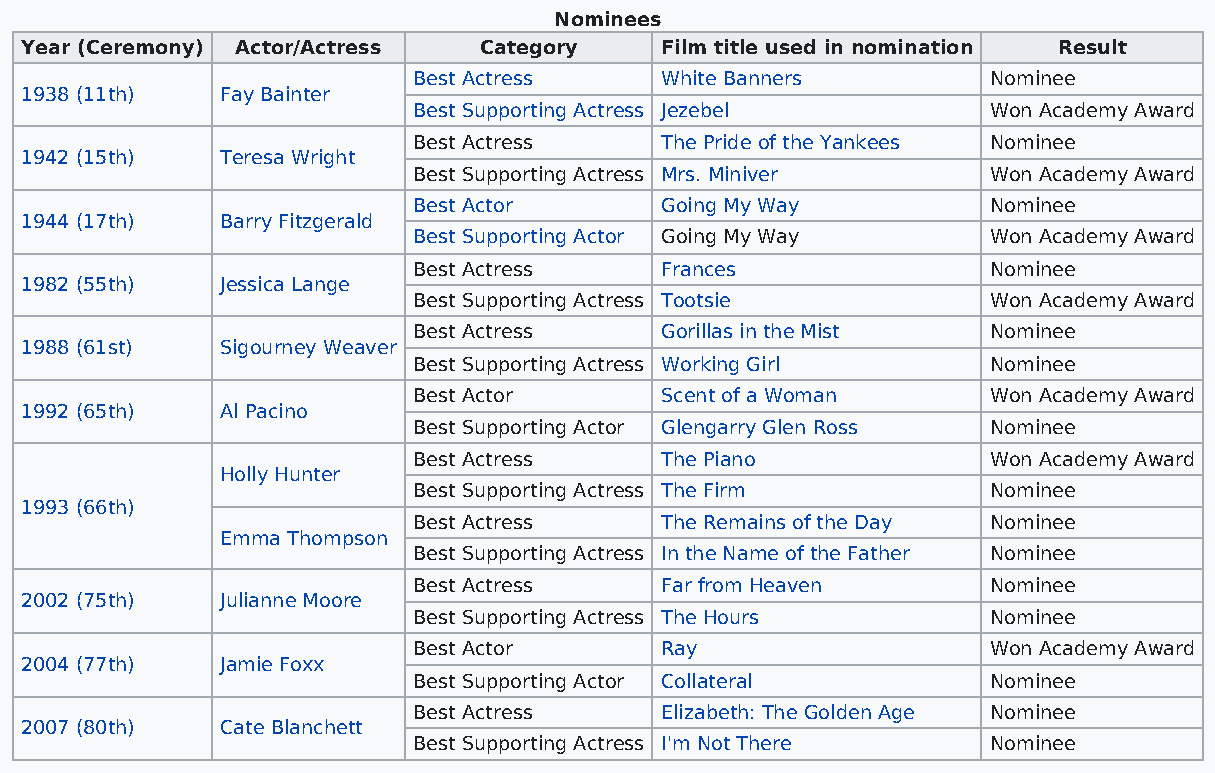
Nominees
 Year (Ceremony) Actor/Actress  Category    Film title used in nomination Result
 Best Actress     White Banners         Nominee
 1938 (11th)   Fay Bainter
 Best Supporting Actress Jezebel        Won Academy Award
 Best Actress     The Pride of the Yankees Nominee
 1942 (15th)   Teresa Wright
 Best Supporting Actress Mrs. Miniver   Won Academy Award
 Best Actor       Going My Way          Nominee
 1944 (17th)   Barry Fitzgerald
 Best Supporting Actor Going My Way     Won Academy Award
 Best Actress     Frances               Nominee
 1982 (55th)   Jessica Lange
 Best Supporting Actress Tootsie        Won Academy Award
 Best Actress     Gorillas in the Mist  Nominee
 1988 (61st)   Sigourney Weaver
 Best Supporting Actress Working Girl   Nominee
 Best Actor       Scent of a Woman      Won Academy Award
 1992 (65th)   Al Pacino
 Best Supporting Actor Glengarry Glen Ross Nominee
 Best Actress     The Piano             Won Academy Award
 Holly Hunter
 Best Supporting Actress The Firm       Nominee
 1993 (66th)
 Best Actress     The Remains of the Day Nominee
 Emma Thompson
 Best Supporting Actress In the Name of the Father Nominee
 Best Actress     Far from Heaven       Nominee
 2002 (75th)   Julianne Moore
 Best Supporting Actress The Hours      Nominee
 Best Actor       Ray                   Won Academy Award
 2004 (77th)   Jamie Foxx
 Best Supporting Actor Collateral       Nominee
 Best Actress     Elizabeth: The Golden Age Nominee
 2007 (80th)   Cate Blanchett
 Best Supporting Actress I'm Not There  Nominee